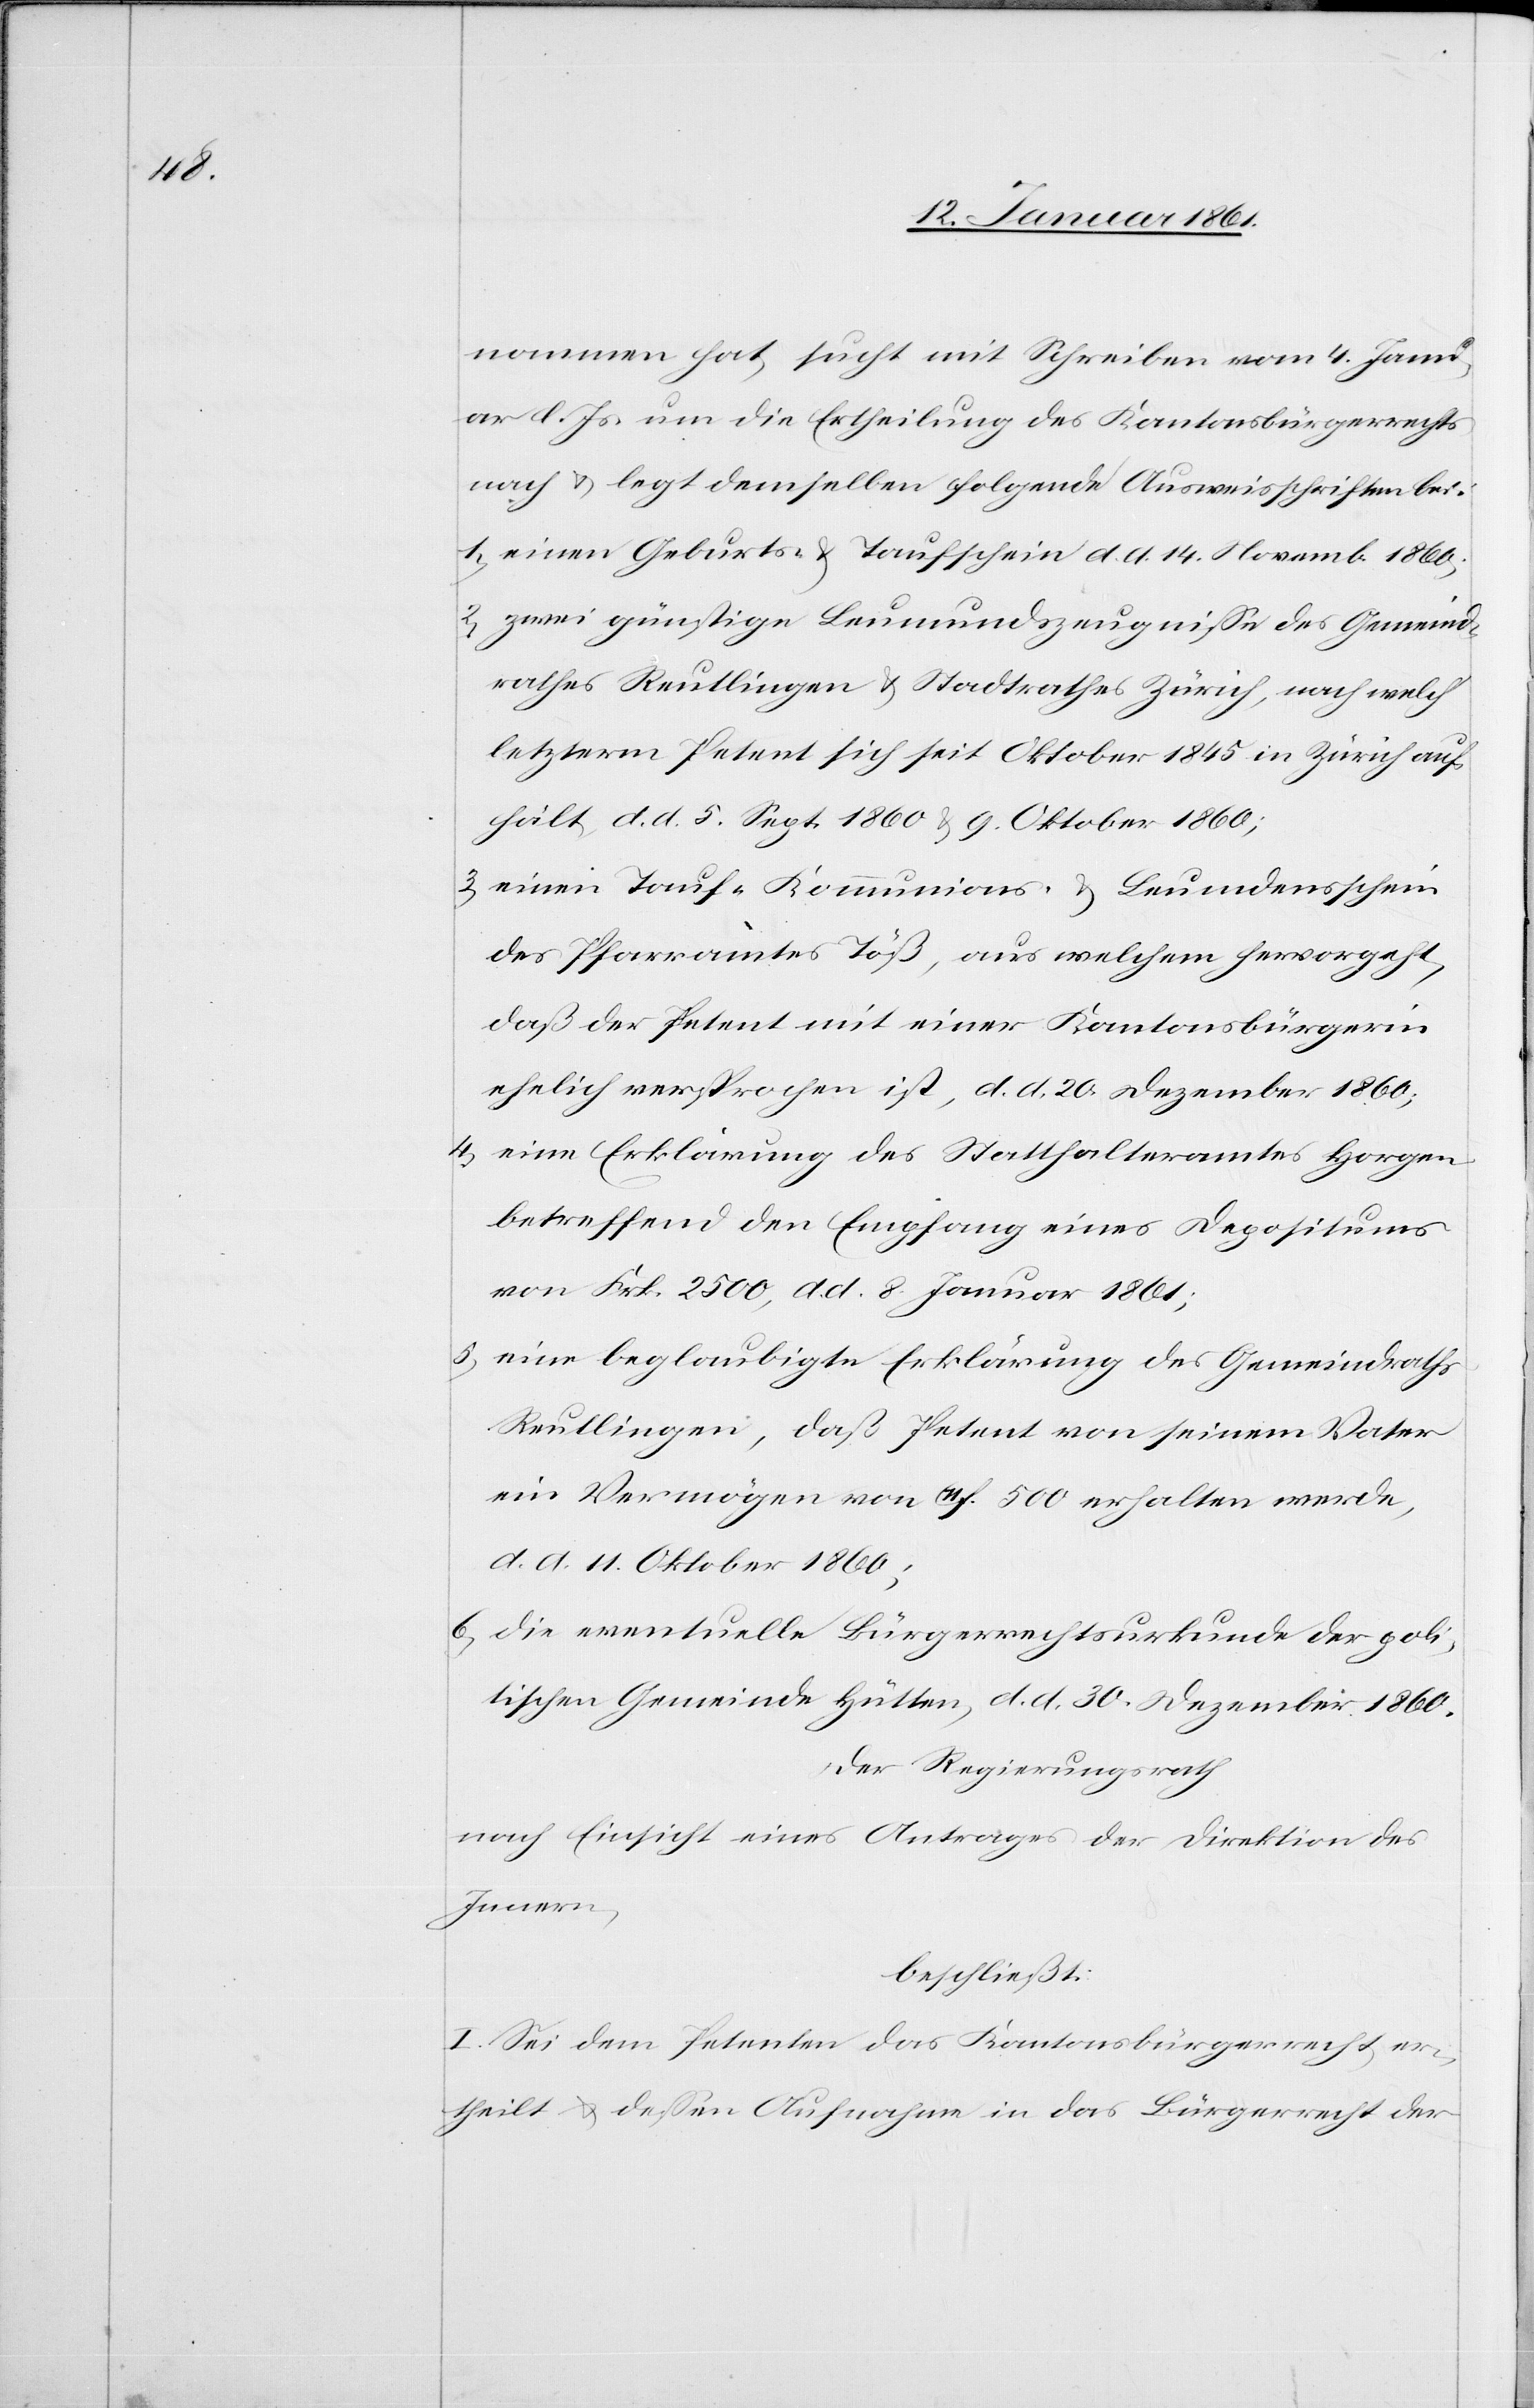
nommen hat, sucht mit Schreiben vom 4. Janu¬
ar d. Js. um die Ertheilung des Kantonsbürgerrechts
nach u. legt demselben folgende Ausweisschriften bei:
1) einen Geburts- u. Taufschein d. d. 14. Novemb. 1860.
2) zwei günstige Leumundszeugnisse des Gemeind¬
rathes Reutlingen u. Stadtrathes Zürich, nach welch’
letzterm Petent sich seit Oktober 1845 in Zürich auf¬
hält, d. d. 5. Sept. 1860 u. 9. Oktober 1860;
3) einen Tauf-[,] Kommunions- u. Leumundsschein
des Pfarramtes Töß, aus welchem hervorgeht,
daß der Petent mit einer Kantonsbürgerin
ehelich versprochen ist, d. d. 20. Dezember 1860;
4) eine Erklärung des Statthalteramtes Horgen,
betreffend den Empfang eines Depositums
von Frk. 2500, d. d. 8. Januar 1861;
5) vier beglaubigte Erklärungen des Gemeindraths
Reutlingen, daß Petent von seinem Vater
ein Vermögen von 11f. 500 erhalten werde,
d. d. 11. Oktober 1860;
6) die eventuelle Bürgerrechtsurkunde der poli¬
tischen Gemeinde Hütten, d. d. 30. Dezember 1860.
Der Regierungsrath
nach Einsicht eines Antrages der Direktion des
Innern,
beschließt:
I. Sei dem Petenten das Kantonsbürgerrecht er¬
theilt u. dessen Aufnahme in das Bürgerrecht der